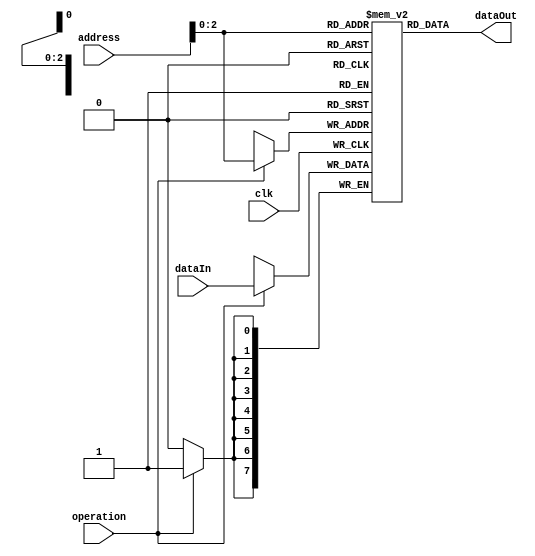
module memory(input clk, operation, input [7:0]address, dataIn, output [7:0]dataOut);

reg [7:0] memory[0:7];
wire [2:0] shortendAddress = address[2:0];
assign dataOut = memory[shortendAddress];

initial begin
    memory[0] <= 8'b00010000;
    memory[1] <= 8'b00001000;
    memory[3] <= 8'b00011000;
    memory[4] <= 8'b00100000;
    memory[5] <= 8'b00101000;
    memory[2] <= 8'b01101000;
end

always @(posedge clk) begin
    if (operation == 1'b1) begin
        memory[address] <= dataIn;
    end
end

endmodule